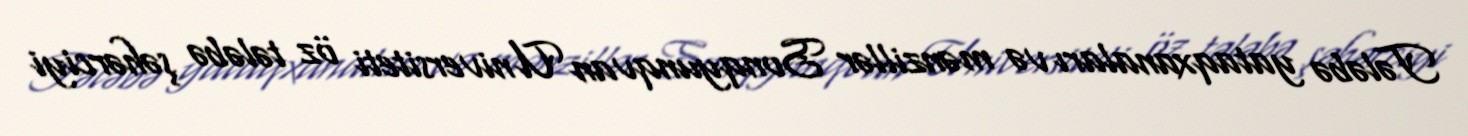
Tələbə yataqxanaları və mənzillər Sonqyunqvan Universiteti öz tələbə şəhərciyi